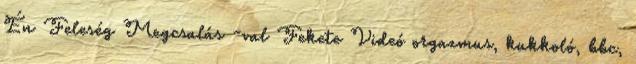
Én Feleség Megcsalás -val Fekete Videó orgazmus, kukkoló, bbc,